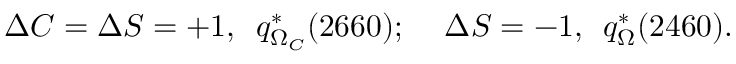
\Delta C = \Delta S = + 1 \mathrm { , ~ \ } q _ { \Omega _ { C } } ^ { \ast } ( 2 6 6 0 ) \mathrm { ; \ \ \ \ } \Delta S = - 1 \mathrm { , ~ \ } q _ { \Omega } ^ { \ast } ( 2 4 6 0 ) \mathrm { . }